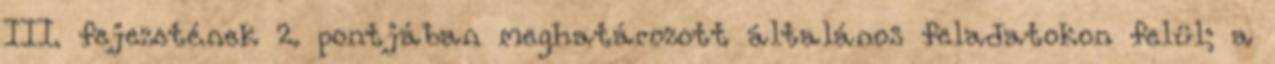
III. fejezetének 2. pontjában meghatározott általános feladatokon felül; a